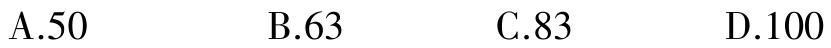
A.50  B.63  C.83  D.100